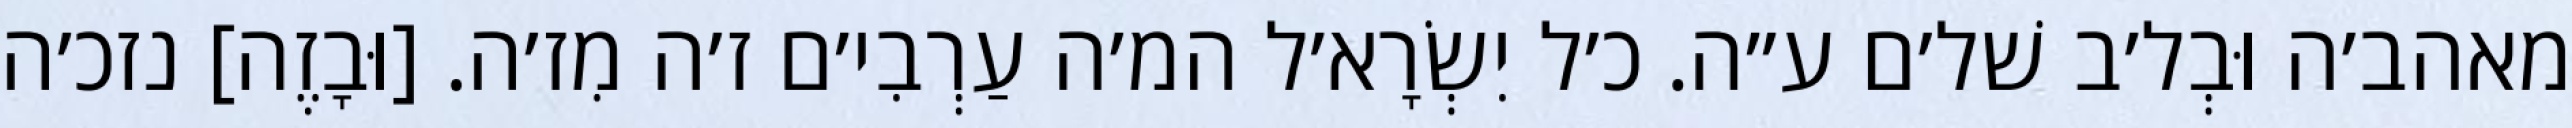
מאהב׳ה וּבְל׳ב שׁל׳ם ע״ה. כ׳ל יִשְׂרָא׳ל המ׳ה עַרְבִי׳ם ז׳ה מִז׳ה. [וּבָזֶה] נזכ׳ה